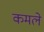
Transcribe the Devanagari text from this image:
कमले